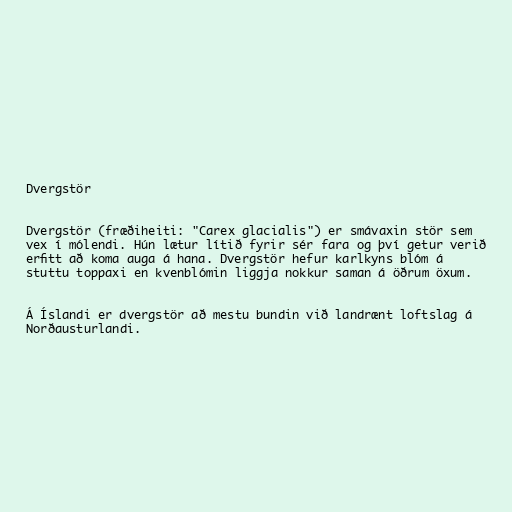
Dvergstör

Dvergstör (fræðiheiti: "Carex glacialis") er smávaxin stör sem
vex í mólendi. Hún lætur lítið fyrir sér fara og því getur verið
erfitt að koma auga á hana. Dvergstör hefur karlkyns blóm á
stuttu toppaxi en kvenblómin liggja nokkur saman á öðrum öxum.

Á Íslandi er dvergstör að mestu bundin við landrænt loftslag á
Norðausturlandi.